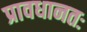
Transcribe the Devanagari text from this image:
प्रावधानतः